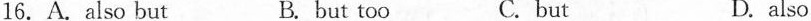
16. A. Also but B. but too C. but D. also